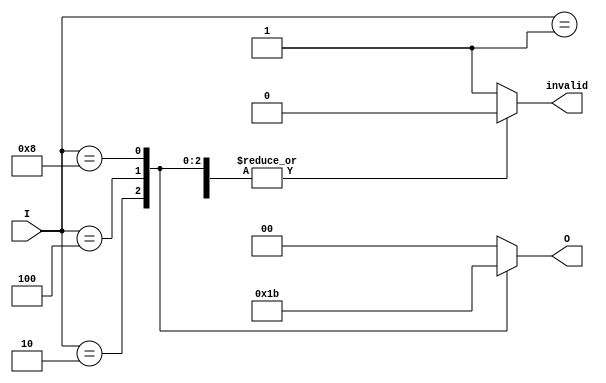
module binary_encoder (
    input wire [3:0] I,       // 4 input lines
    output reg [1:0] O,       // 2 output lines
    output reg invalid         // Invalid output flag
);
    
    always @(*) begin
        invalid = 1'b0; // Default to valid input
        O = 2'b00;      // Default output value
        
        // Check for inputs and set output accordingly
        case (I)
            4'b0001: O = 2'b00; // I0 is active
            4'b0010: O = 2'b01; // I1 is active
            4'b0100: O = 2'b10; // I2 is active
            4'b1000: O = 2'b11; // I3 is active
            default: begin
                invalid = 1'b1; // Invalid condition (no input or multiple active)
                O = 2'b00;      // Can set to any default output
            end
        endcase
    end

endmodule